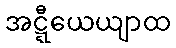
အဋ္ဋီယေယျာထ